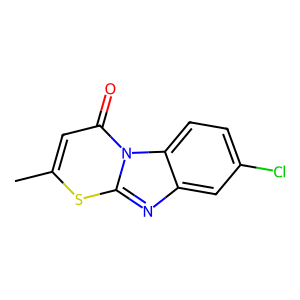
SMILES: Cc1cc(=O)n2c(nc3cc(Cl)ccc32)s1
Inhibits HIV replication: No